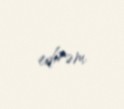
edirəm.